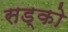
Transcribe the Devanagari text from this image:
सड्को